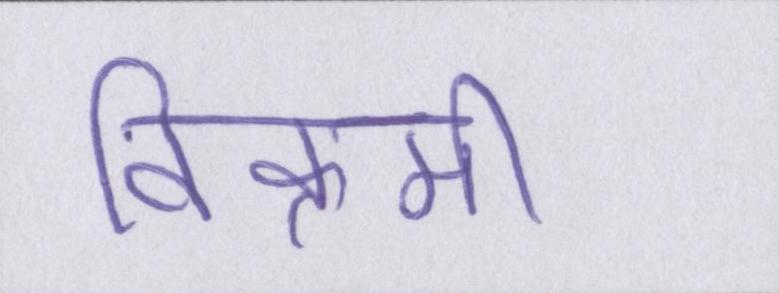
विक्रमी